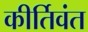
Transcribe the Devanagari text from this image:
कीर्तिवंत